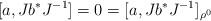
LaTeX: \begin{align*}[a, Jb^*J^{-1}] = 0 = [a, J b^* J^{-1}]_{\rho^0} \end{align*}